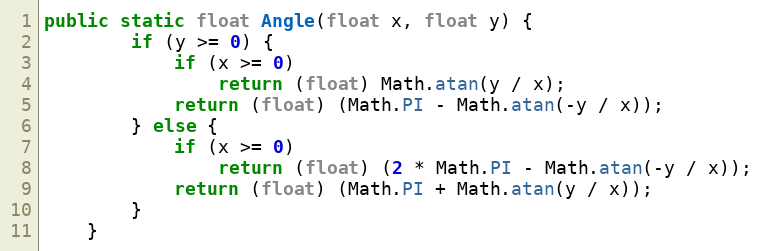
Language: Java
public static float Angle(float x, float y) {
        if (y >= 0) {
            if (x >= 0)
                return (float) Math.atan(y / x);
            return (float) (Math.PI - Math.atan(-y / x));
        } else {
            if (x >= 0)
                return (float) (2 * Math.PI - Math.atan(-y / x));
            return (float) (Math.PI + Math.atan(y / x));
        }
    }